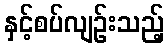
နှင့်စပ်လျဉ်းသည့်